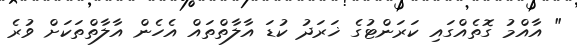
" އާއްމު ގޮތެއްގައި ކަރަންޓުގެ ޚަރަދު ކުޑަ އާލާތްތައް އެހެން އާލާތްތަކަށް ވުރެ